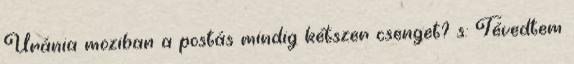
Uránia moziban a postás mindig kétszer csenget? s: Tévedtem